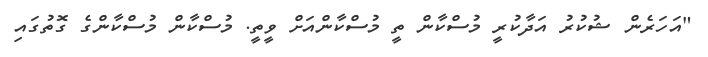
"އަހަރެން ޝުކުރު އަދާކުރީ މުސްކާން ތީ މުސްކާންއަށް ވީތީ. މުސްކާން މުސްކާންގެ ގޮތުގައި